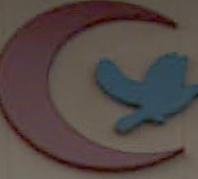
Co